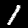
Digit: 1